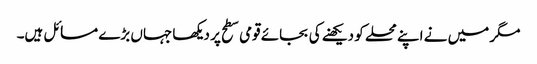
مگر میں نے اپنے محلے کو دیکھنے کی بجائے قومی سطح پر دیکھا جہاں بڑے مسائل ہیں۔